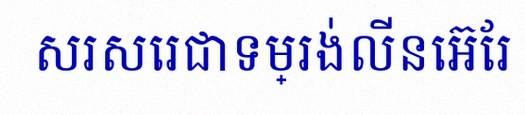
សរសេរជាទម្រង់លីនេអ៊ែរ